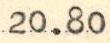
20.80